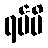
ရပ်မိ